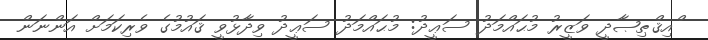
ްއިޤްޠިޞާދީ ވަޒީރު މުޙައްމަދު ސަޢީދު: މުޙައްމަދު ސަޢީދު ވިދާޅުވީ ޤައުމުގެ ވެރިކަމަށް އަންނަން